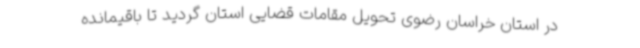
در استان خراسان رضوی تحویل مقامات قضایی استان گردید تا باقیمانده